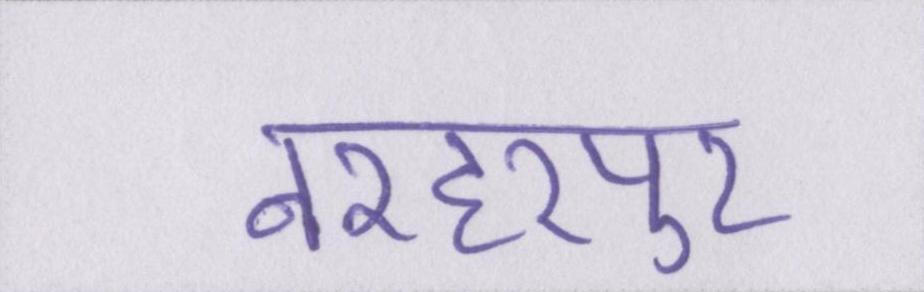
नरहरपुर